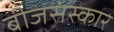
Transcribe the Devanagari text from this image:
बीजसंस्कार